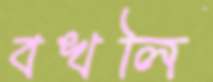
বখলি